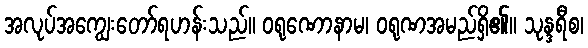
အလုပ်အကျွေးတော်ရဟန်းသည်။ ဝရုဏောနာမ၊ ဝရုဏအမည်ရှိ၏။ သုန္ဒရီစ၊